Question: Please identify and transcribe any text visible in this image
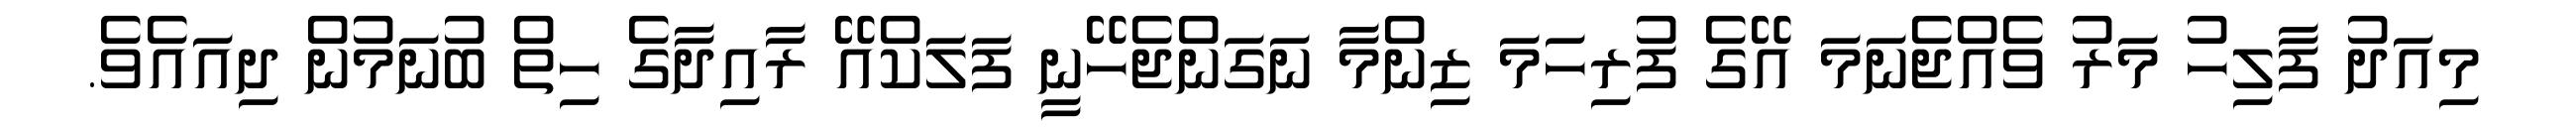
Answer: މިއަދު ފާލިހު މަރު ވެއްޖެނަމަ އޭގެ ފުރިހަމަ ޒިންމާ ނަގަންޖެހޭނީ ފަލަކްއޭ ރާއިދާގެ ހިތް ބުނަމުން ދިއައެވެ.